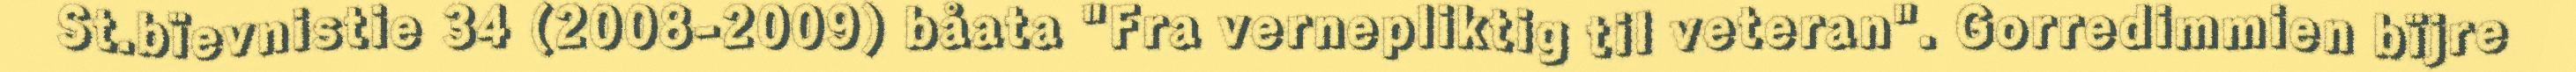
St.bïevnistie 34 (2008-2009) båata "Fra vernepliktig til veteran". Gorredimmien bïjre